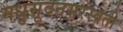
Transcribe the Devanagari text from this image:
मधुसूदनसरस्वती